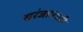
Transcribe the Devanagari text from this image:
सरंजामशही